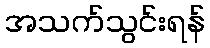
အသက်သွင်းရန်